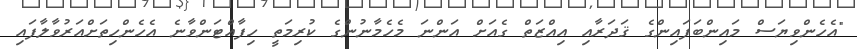
"އެހެންވިޔަސް މައިންބަފައިންގެ ޤަދަރާއި އިއްޒަތް ގެއަށް އަންނަ މެހެމާނުންގެ ކުރިމަތީ ހިފާއްޓަންވާނެ އެހެންހިތަށްއަރުވާލާފައި